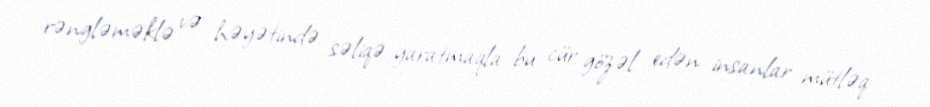
rəngləməklə və həyətində səliqə yaratmaqla bu cür gözəl edən insanlar mütləq